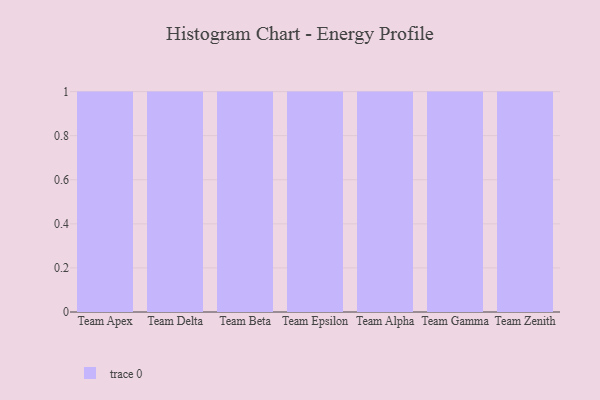
{"axis": {"x": "Team", "y": "Website Visitors"}, "legend": [""], "data": [{"x": "Team Apex", "y": 46, "type": ""}, {"x": "Team Delta", "y": 27, "type": ""}, {"x": "Team Beta", "y": 25, "type": ""}, {"x": "Team Epsilon", "y": 55, "type": ""}, {"x": "Team Alpha", "y": 65, "type": ""}, {"x": "Team Gamma", "y": 92, "type": ""}, {"x": "Team Zenith", "y": 8, "type": ""}]}